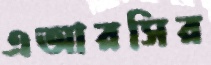
এআরসির